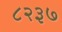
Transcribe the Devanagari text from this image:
८२३७